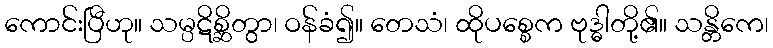
ကောင်းပြီဟု။ သမ္ပဋိစ္ဆိတွာ၊ ဝန်ခံ၍။ တေသံ၊ ထိုပစ္စေက ဗုဒ္ဓါတို့၏။ သန္တိကေ၊